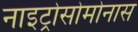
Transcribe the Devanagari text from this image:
नाइट्रोसोमोनास